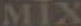
MIX